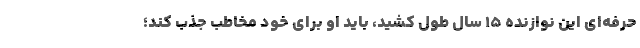
حرفه‌ای این نوازنده ۱۵ سال طول کشید، باید او برای خود مخاطب جذب کند؛